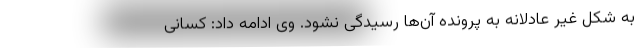
به شکل غیر عادلانه به پرونده آن‌ها رسیدگی نشود. وی ادامه داد: کسانی